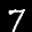
Label: 7